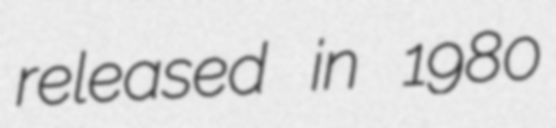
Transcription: released in 1980